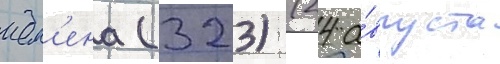
ием'ена (323) (24 а́вгуста